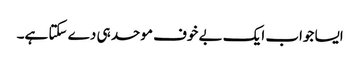
ایسا جواب ایک بے خوف موحد ہی دے سکتا ہے۔